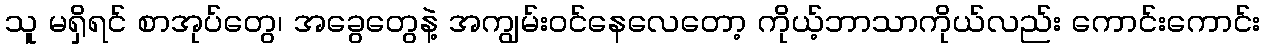
သူ မရှိရင် စာအုပ်တွေ၊ အခွေတွေနဲ့ အကျွမ်းဝင်နေလေတော့ ကိုယ့်ဘာသာကိုယ်လည်း ကောင်းကောင်း